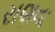
રાણવા